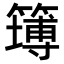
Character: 𥴾